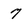
Character: 7